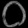
Digit: ၀